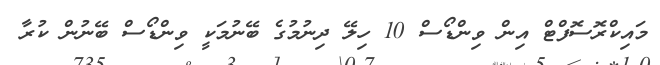
މައިކްރޮސޮފްޓް އިން ވިންޑޯސް 10 ހިލޭ ދިނުމުގެ ބޭނުމަކީ ވިންޑޯސް ބޭނުން ކުރާ